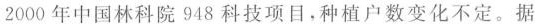
2000年中国林科院948科技项目，种植户数变化不定。据